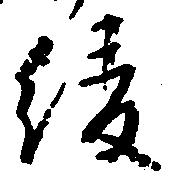
綾